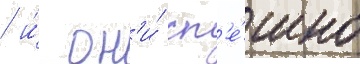
/ и́ он'и́ сп'е́шно